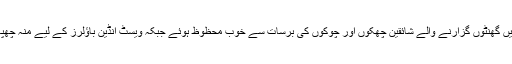
مقابلے کے انتظار میں گھنٹوں گزارنے والے شائقین چھکوں اور چوکوں کی برسات سے خوب محظوظ ہوئے جبکہ ویسٹ انڈین باؤلرز کے لیے منہ چھپانے کو جگہ نہ تھی۔